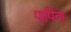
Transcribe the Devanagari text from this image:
पापिना